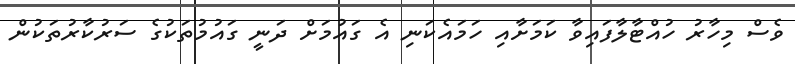
ވެސް މިހާރު ހުއްޓާލާފައިވާ ކަމަށާއި ހަމައެކަނި އެ ގައުމަށް ދަނީ ގައުމުތަކުގެ ސަރުކާރުތަކުން